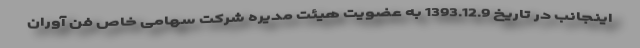
اینجانب در تاریخ 1393.12.9 به عضویت هیئت مدیره شرکت سهامی خاص فن آوران